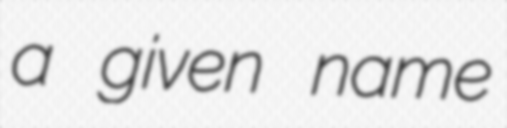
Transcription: a given name